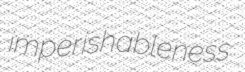
imperishableness